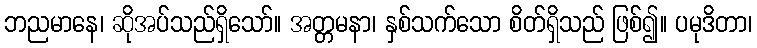
ဘညမာနေ၊ ဆိုအပ်သည်ရှိသော်။ အတ္တမနာ၊ နှစ်သက်သော စိတ်ရှိသည် ဖြစ်၍။ ပမုဒိတာ၊